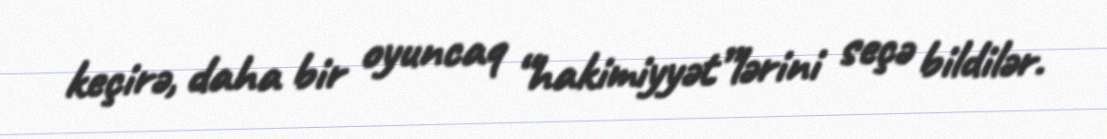
keçirə, daha bir oyuncaq “hakimiyyət”lərini seçə bildilər.